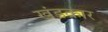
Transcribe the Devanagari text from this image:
खंडकार